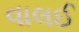
વાલઈ